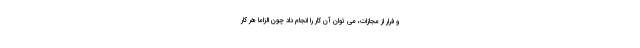
و فرار از مجازات، می توان آن کار را انجام داد چون الزاماً هر کار